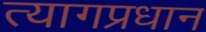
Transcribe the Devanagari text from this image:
त्यागप्रधान